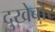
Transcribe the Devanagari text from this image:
दुखेबोर